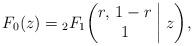
LaTeX: \begin{gather*}F_0(z)={}_2F_1\biggl(\begin{matrix} r, \, 1-r \\ 1 \end{matrix}\biggm|z\biggr),\end{gather*}